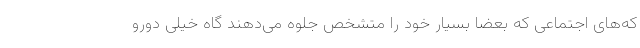
که‌های اجتماعی که بعضا بسیار خود را متشخص جلوه می‌دهند گاه خیلی دورو